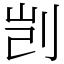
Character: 剀